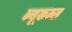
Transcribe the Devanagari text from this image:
न्यूकम्स